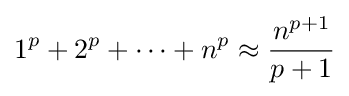
1^{p}+2^{p}+\cdots +n^{p}\approx {\frac {n^{p+1}}{p+1}}